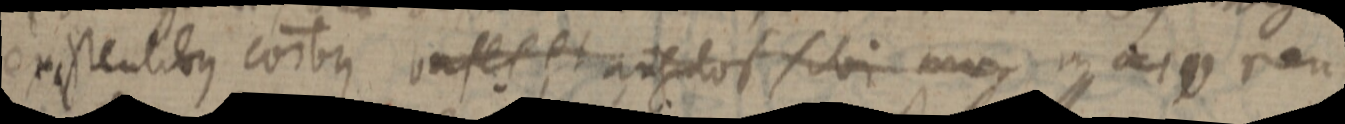
existentibus corbus infes et angulos sibi m_ in _